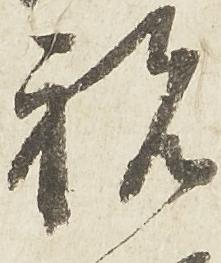
祝